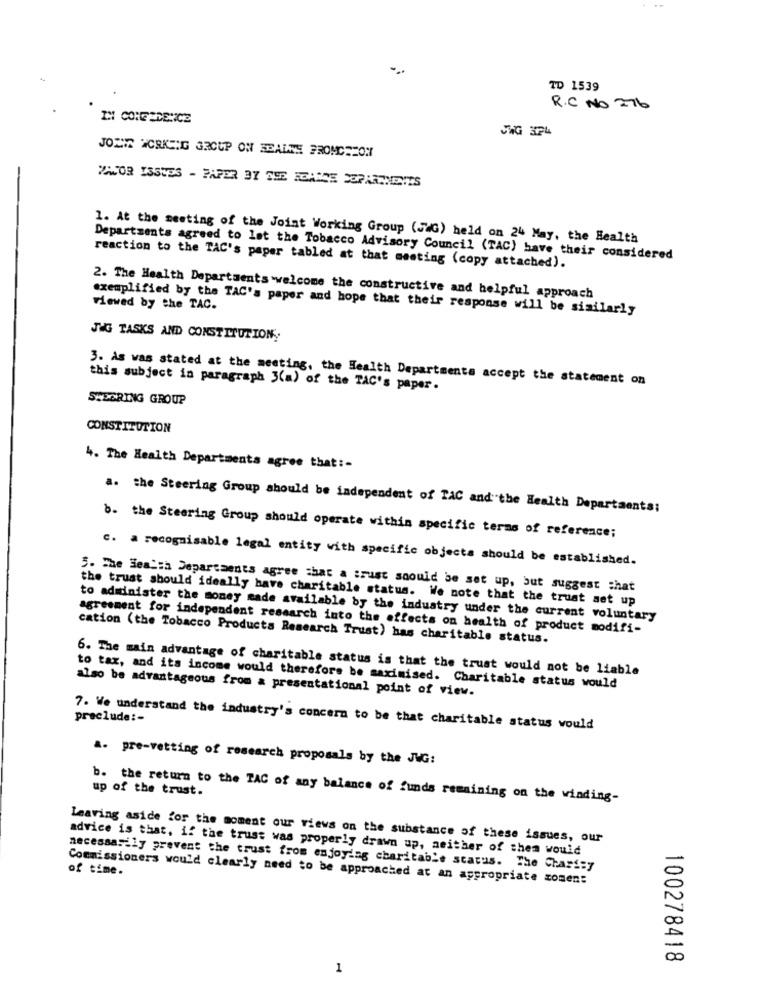
TD 1539
R. C NO 276
IN CONFERENCE
JOLIE WORKING GROUP ON SEALNE FROMCHEON
MAJOR ISSUES - PAPER 37 SEE ICANTE SOPARTMENTS
1. At the meeting of the Joint Working Group (JWG) held on 24 May, the Health
Departments agreed to let the Tobacco Advisory Council (TAC) have their considered
reaction to the TAC's paper tabled at that meeting (copy attached).
2. The Health Departments welcome the constructive and helpful approach
exemplified by the TAC's paper and hope that their response will be similarly
viewed by the TAC.
JAG TASKS AND CONSTITUTION,
3. As was stated at the meeting, the Health Departments accept the statement on
this subject in paragraph 3(a) of the TAC's paper.
SEDGRING GROUP
CONSTITUTION
4. The Health Departments agree that :-
a. the Steering Group should be independent of TAC and"the Health Departaents:
b. the Steering Group should operate within specific terms of reference;
c. a recognisable legal entity with specific objects should be established.
5. The Health Departments agree that a trust soould be set up, but suggest that
the trust should ideally have charitable status. We note that the trust set up
to administer the money made available by the industry under the current voluntary
agreement for independent research into the effects on health of product modifi-
cation (the Tobacco Products Research Trust) has charitable status.
6. The main advantage of charitable status is that the trust would not be liable
also be advantageous from a presentational point of view.
to tax, and its income would therefore be maximised. Charitable status would
preclude :-
7. We understand the industry's concern to be that charitable status would
A. pre-vetting of research proposals by the JUG:
up of the trust.
b. the return to the TAC of any balance of funds remaining on the winding-
Leaving aside for the moment our views on the substance of these issues, our
advice is that, if the trust was properly drawn up, neither of them would
of time.
necessarily prevent the trust from enjoying charitable status. The Charity
Commissioners would clearly need to be approached at an appropriate somen:
100278418
1